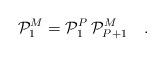
LaTeX: \begin{align*}{\cal P}_1^M={\cal P}_1^P\,{\cal P}_{P+1}^M\quad.\end{align*}